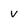
Character: V